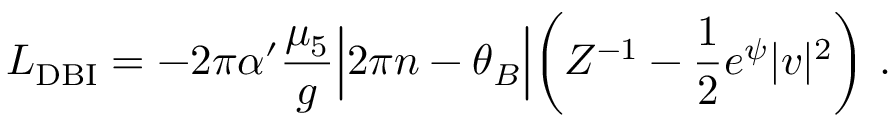
{ \cal L } _ { \mathrm { D B I } } = - 2 \pi \alpha ^ { \prime } \frac { \mu _ { 5 } } { g } \Bigl | 2 \pi n - \theta _ { B } \Bigr | \biggl ( Z ^ { - 1 } - \frac { 1 } { 2 } e ^ { \psi } | v | ^ { 2 } \biggr ) \ .